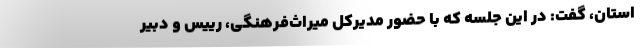
استان، گفت: در این جلسه که با حضور مدیرکل میراث‌فرهنگی، رییس و دبیر